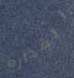
القذاره